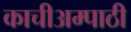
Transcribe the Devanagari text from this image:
काचीअम्पाठी